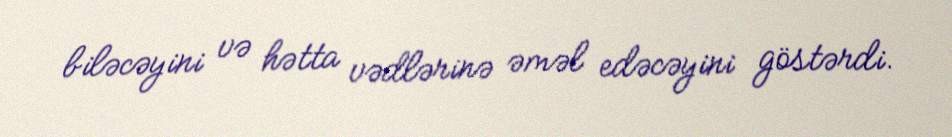
biləcəyini və hətta vədlərinə əməl edəcəyini göstərdi.